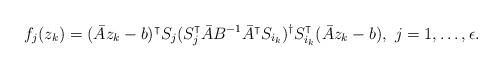
LaTeX: \begin{align*}f_j(z_k) = (\bar A z_k - b)^\intercal S_j (S_j^\intercal \bar A B^{-1} \bar{A}^\intercal S_{i_k} )^\dagger S_{i_k}^\intercal (\bar A z_k - b),~j=1,\ldots,\epsilon.\end{align*}